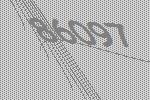
86097